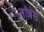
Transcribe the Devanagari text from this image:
लॉन्नेस